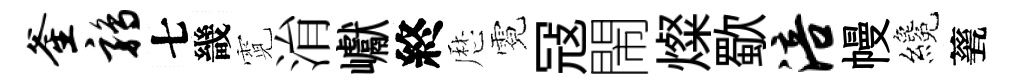
釜鹑七畿霓㳙巘終厯霓冦閙燦歜涪幔纔甆